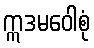
ဣဒမဝေါစုံ